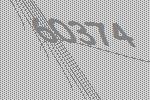
60374